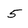
Character: 5